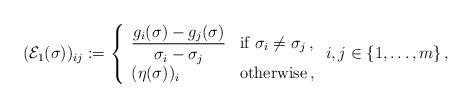
LaTeX: \begin{align*}({\cal E}_{1}(\sigma))_{ij}:=\left\{ \begin{array}{ll} \displaystyle{\frac{g_{i}(\sigma)-g_{j}(\sigma)}{\sigma_{i}-\sigma_{j}}} & \mbox{if $\sigma_{i}\neq\sigma_{j}$}\,,\\(\eta(\sigma))_{i} & \mbox{otherwise}\,,\end{array} \right. i,j\in\{1,\ldots,m\}\,,\end{align*}